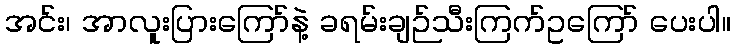
အင်း၊ အာလူးပြားကြော်နဲ့ ခရမ်းချဉ်သီးကြက်ဥကြော် ပေးပါ။